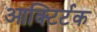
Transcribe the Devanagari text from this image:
आक्टिर्टक